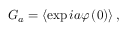
G _ { a } = \left\langle \exp i a \varphi \left( 0 \right) \right\rangle ,